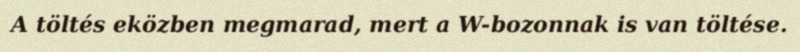
A töltés eközben megmarad, mert a W-bozonnak is van töltése.